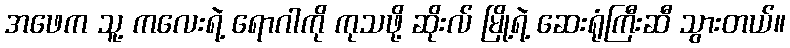
အဖေက သူ့ ကလေးရဲ့ ရောဂါကို ကုသဖို့ ဆိုးလ် မြို့ရဲ့ ဆေးရုံကြီးဆီ သွားတယ်။